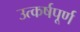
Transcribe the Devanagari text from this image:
उत्कर्षपूर्ण